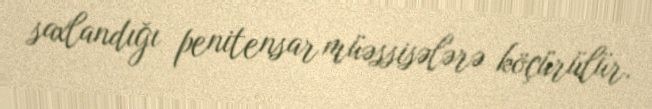
saxlandığı penitensar müəssisələrə köçürülür.